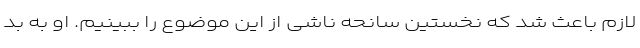
لازم باعث شد که نخستین سانحه ناشی از این موضوع را ببینیم. او به بد